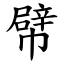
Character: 幦